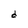
Character: d